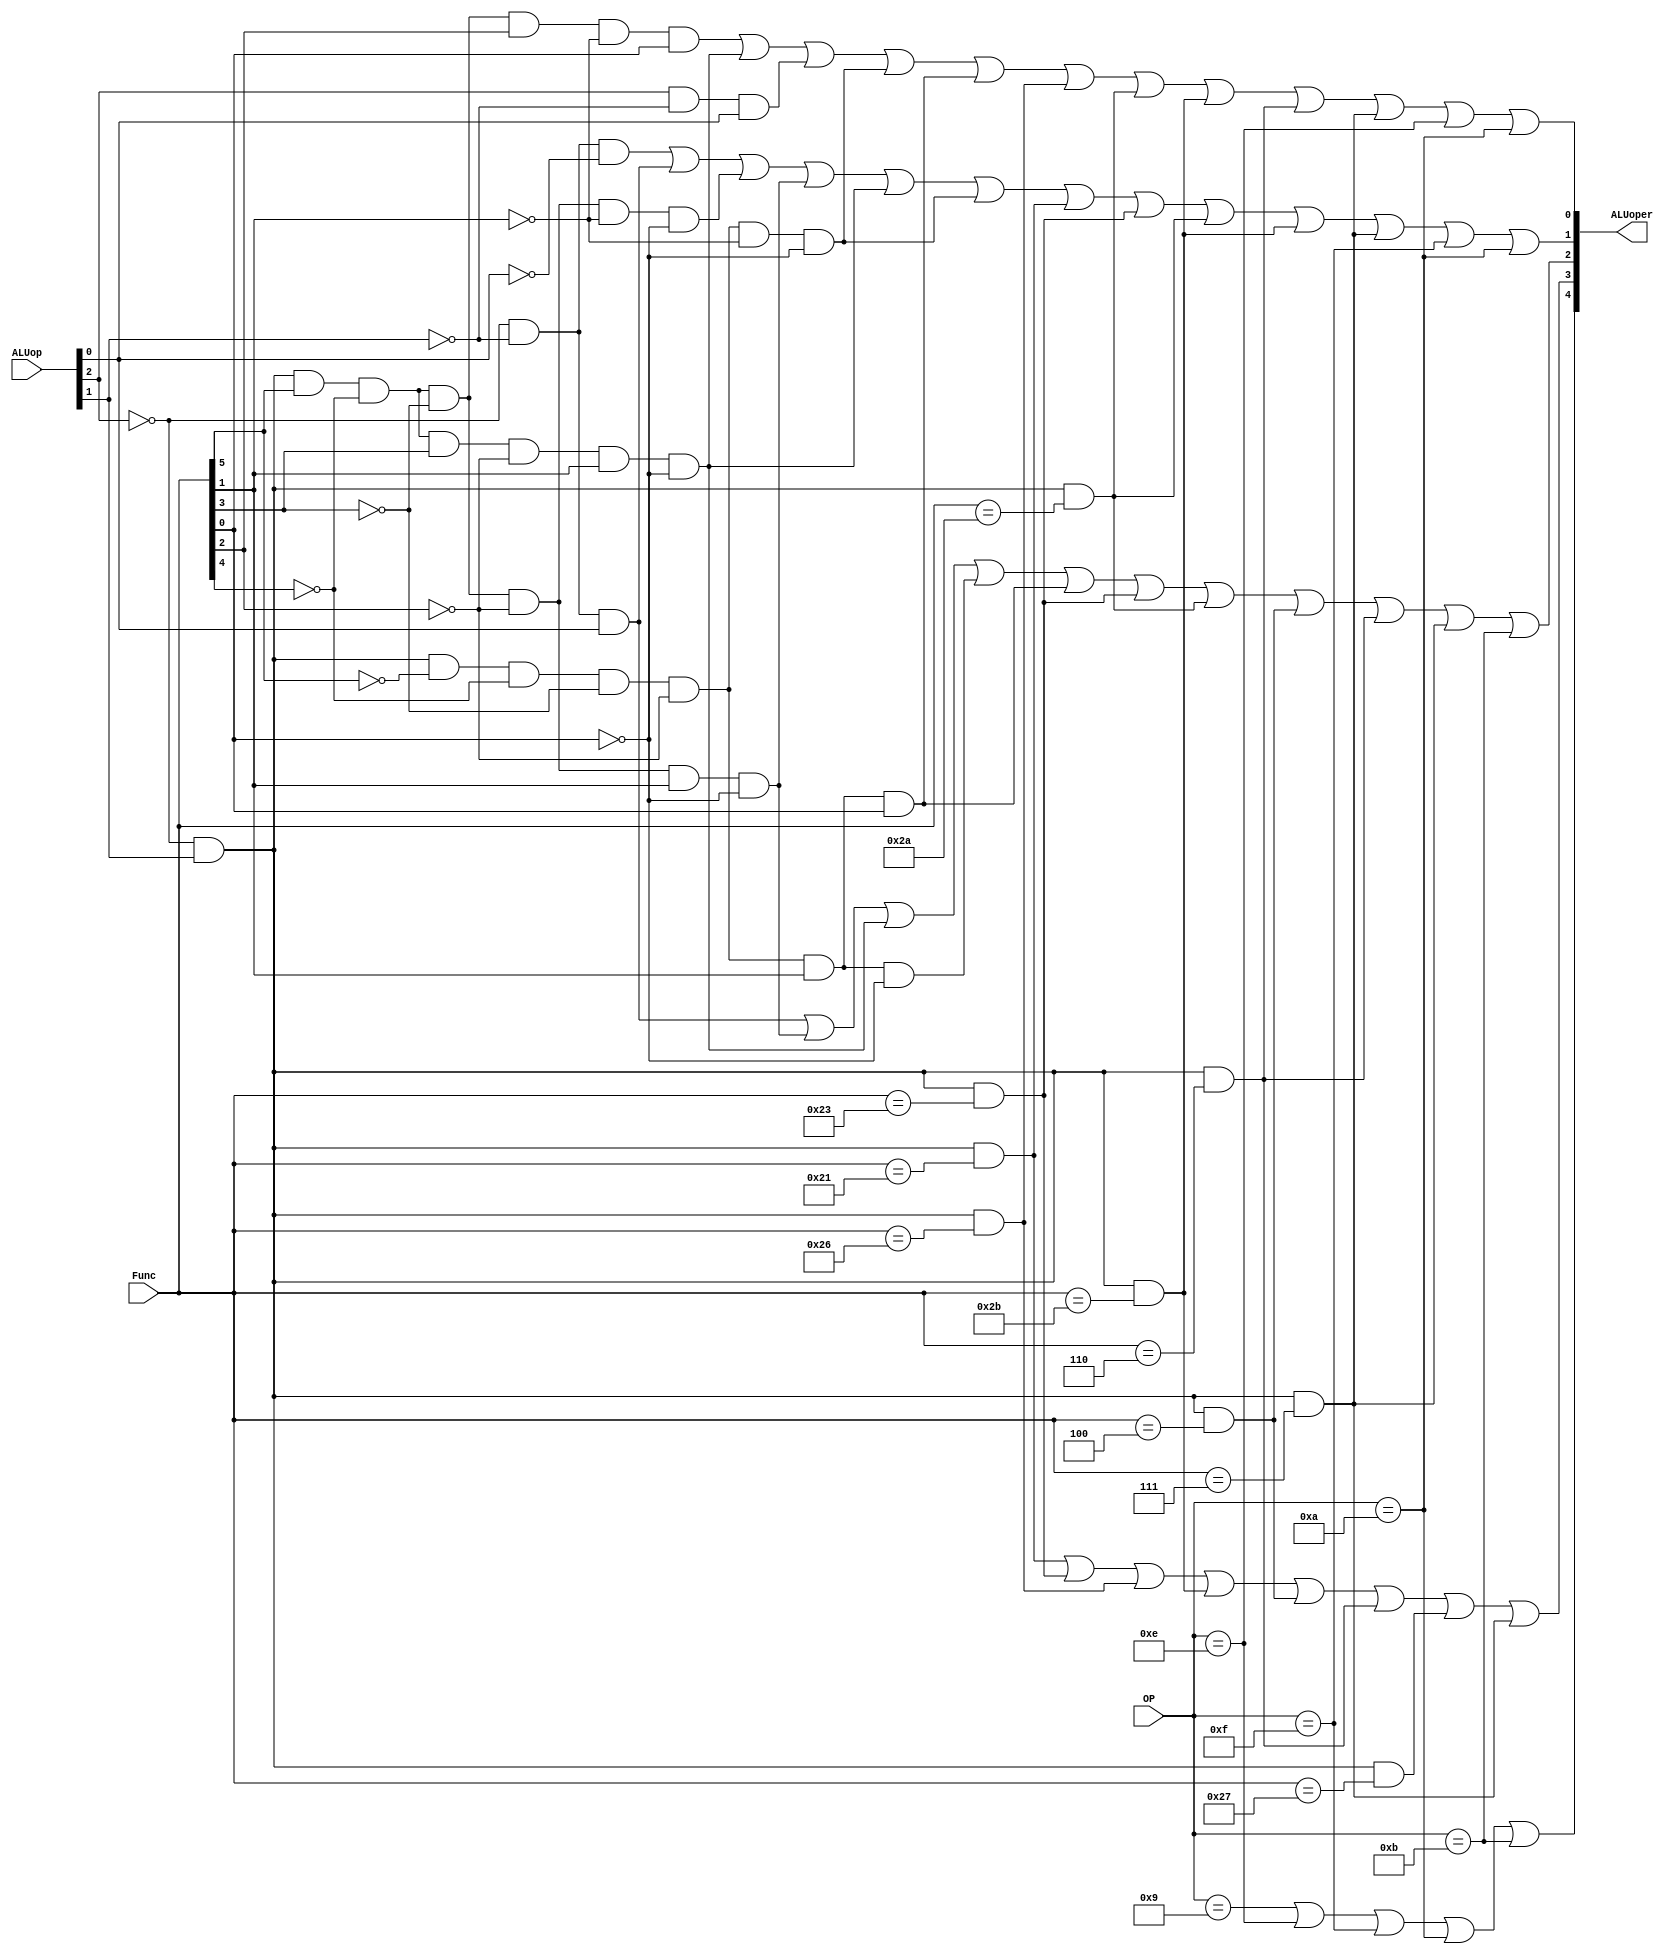
`timescale 1ns / 1ps
//////////////////////////////////////////////////////////////////////////////////
// Company: 
// Engineer: 
// 
// Design Name: 
// Module Name:    ALUctr 
// Project Name: 
// Target Devices: 
// Tool versions: 
// Description: 
//
// Dependencies: 
//
// Revision: 
// Revision 0.01 - File Created
// Additional Comments: 
//
//////////////////////////////////////////////////////////////////////////////////
module ALUctr(ALUop, OP, Func, ALUoper);
input [2:0] ALUop;
input [5:0] OP;
input [5:0] Func;
output [4:0] ALUoper;
wire Addiu,Xori,Lui,Slti,Sltiu;

assign Addiu=(OP==6'b001001);
assign Xori=(OP==6'b001110);
assign Lui=(OP==6'b001111);
assign Slti=(OP==6'b001010);
assign Sltiu=(OP==6'b001011);

assign ALUoper[4]=Addiu|Xori|Lui|Slti|Sltiu;

assign ALUoper[3]=(~ALUop[2]&ALUop[1]&&(Func==6'b100001))//addu
|(~ALUop[2]&ALUop[1]&&(Func==6'b100011))//subu
|(~ALUop[2]&ALUop[1]&&(Func==6'b100110)) //xor
|(~ALUop[2]&ALUop[1]&&(Func==6'b101011)) //sltu
|(~ALUop[2]&ALUop[1]&&(Func==6'b000100)) //sllv
|(~ALUop[2]&ALUop[1]&&(Func==6'b000110)) //srlv
|(~ALUop[2]&ALUop[1]&&(Func==6'b100111))//nor
|(~ALUop[2]&ALUop[1]&&(Func==6'b000111));//srav

assign ALUoper[2]=(~ALUop[2]&~ALUop[1]&ALUop[0])
|(~ALUop[2]&ALUop[1]&Func[5]&~Func[4]&~Func[3]&~Func[2]&Func[1]&~Func[0])
|(~ALUop[2]&ALUop[1]&Func[5]&~Func[4]&Func[3]&~Func[2]&Func[1]&~Func[0])
|(~ALUop[2]&ALUop[1]&~Func[5]&~Func[4]&~Func[3]&~Func[2]&Func[1]&~Func[0]) //srl
|(~ALUop[2]&ALUop[1]&~Func[5]&~Func[4]&~Func[3]&~Func[2]&Func[1]&Func[0]) //sra
|(~ALUop[2]&ALUop[1]&&(Func==6'b100011))//subu
|(~ALUop[2]&ALUop[1]&&(Func==6'b101010)) //slt
|(~ALUop[2]&ALUop[1]&&(Func==6'b000100)) //sllv
|(~ALUop[2]&ALUop[1]&&(Func==6'b000110)) //srlv
|(~ALUop[2]&ALUop[1]&&(Func==6'b000111))//srav
|Sltiu;
assign ALUoper[1]=(~ALUop[2]&~ALUop[1]&~ALUop[0])|(~ALUop[2]&~ALUop[1]&ALUop[0])
|(~ALUop[2]&ALUop[1]&Func[5]&~Func[4]&~Func[3]&~Func[2]&~Func[1]&~Func[0])
|(~ALUop[2]&ALUop[1]&Func[5]&~Func[4]&~Func[3]&~Func[2]&Func[1]&~Func[0])
|(~ALUop[2]&ALUop[1]&Func[5]&~Func[4]&Func[3]&~Func[2]&Func[1]&~Func[0])
|(~ALUop[2]&ALUop[1]&~Func[5]&~Func[4]&~Func[3]&~Func[2]&~Func[1]&~Func[0]) //sll
|(~ALUop[2]&ALUop[1]&&(Func==6'b100001))//addu
|(~ALUop[2]&ALUop[1]&&(Func==6'b100011))//subu
|(~ALUop[2]&ALUop[1]&&(Func==6'b101010)) //slt
|(~ALUop[2]&ALUop[1]&&(Func==6'b101011)) //sltu
|(~ALUop[2]&ALUop[1]&&(Func==6'b000111)) //srav
|Lui|Slti;
assign ALUoper[0]=(~ALUop[2]&ALUop[1]&Func[5]&~Func[4]&~Func[3]&Func[2]&~Func[1]&Func[0])
|(~ALUop[2]&ALUop[1]&Func[5]&~Func[4]&Func[3]&~Func[2]&Func[1]&~Func[0])
|(ALUop[2]&~ALUop[1]&ALUop[0])
|(~ALUop[2]&ALUop[1]&~Func[5]&~Func[4]&~Func[3]&~Func[2]&~Func[1]&~Func[0]) //sll
|(~ALUop[2]&ALUop[1]&~Func[5]&~Func[4]&~Func[3]&~Func[2]&Func[1]&Func[0])  //sra
|(~ALUop[2]&ALUop[1]&&(Func==6'b100110)) //xor
|(~ALUop[2]&ALUop[1]&&(Func==6'b101010)) //slt
|(~ALUop[2]&ALUop[1]&&(Func==6'b101011)) //sltu
|(~ALUop[2]&ALUop[1]&&(Func==6'b000110)) //srlv
|(~ALUop[2]&ALUop[1]&&(Func==6'b000111))//srav
|Xori|Slti;
endmodule
/*
ALUop 	Function field 	ALU
op2 op1 op0 F5 	F4 	F3 	F2 	F1 	F0 	Operation 	Function
0  0  0  x 	x  x  x  x 	x  00010  Add
0  0  1  x 	x  x  x  x 	x  00110  Sub
1  0  0  x 	x  x  x  x 	x  00000  And
1  0  1  x 	x  x  x  x 	x  00001  Or
0  1  x  1 	0  0  0  0 	0  00010  Add
0  1  x  1 	0  0  0  1 	0  00110  Sub
0  1  x  1 	0  0  1  0 	0  00000  And
0  1  x  1 	0  0  1  0 	1  00001  Or
0  1  x  x 	x  1  0  1 	0  00111  SLT
0  1  x  0  0  0  0  0  0  00011  Sll
0  1  x  0  0  0  0  1  0  00100  Srl
0  1  x  0  0  0  0  1  1  00101  Sra  
0  1  x  1 	0  0  0  0 	1  01010  Add
0  1  x  1 	0  0  0  1 	1  01110  Sub
0  1  x  1 	0  0  1  1 	0  01001  Xor
0  1  x  1 	0  0  1  1 	1  01000  Nor
0  1  x  1 	0  1  0  1 	0  00111  Slt
0  1  x  1 	0  1  0  1 	1  01011  Sltu
0  1  x  0 	0  0  1  0 	0  01100  Sllv
0  1  x  0 	0  0  1  1 	0  01101  Srlu
0  1  x  0 	0  0  1  1 	1  01111  Srav
 

00000 And
00001 Or
00010 Add
00011 Sll
00100 Srl
00101 Sra
00110 Sub
00111 SLT
01000 Nor
01001 Xor
01010 Addu
01011 Sltu
01100 Sllv
01101 Srlv
01110 Subu
01111 Srav
10000 Addiu
10001 Xori
10010 Lui
10011 Slti
10100 Sltiu

*/